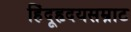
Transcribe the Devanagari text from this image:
हिंदूहृदयसम्राट